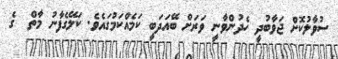
ސުވާލުކޮށް ޖަވާބުދީ ހެދުންވާނީ ވަރަށް ބޭއަދަބީ ކަމެއްކަމުގައެވެ. ކަލޭގެފާނު މާތް  ގެ